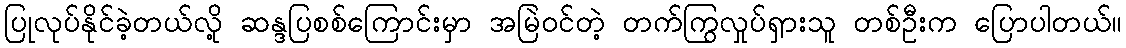
ပြုလုပ်နိုင်ခဲ့တယ်လို့ ဆန္ဒပြစစ်ကြောင်းမှာ အမြဲဝင်တဲ့ တက်ကြွလှုပ်ရှားသူ တစ်ဦးက ပြောပါတယ်။